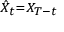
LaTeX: \scriptstyle \hat { X } _ { t } = X _ { T - t }